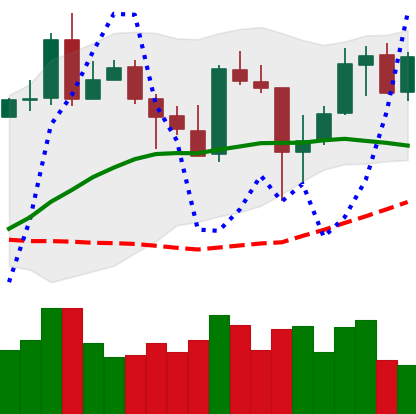
Ticker: XMR-USD
Chart end date: 2020-05-16
Forward return: -5.463%
Label: down_5_7